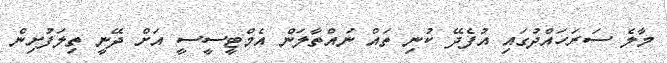
މާލެ ސަރަހައްދުގައި އުފެދޭ ކުނި ތައް ނައްތާލަން އެމްޓީސީސީ އަށް ދޭނީ ތިލަފުށިން